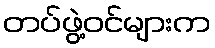
တပ်ဖွဲ့ဝင်များက